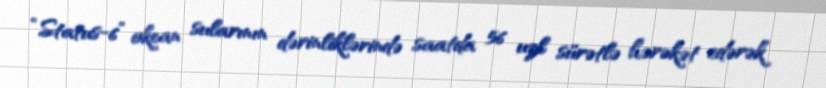
“Status-6” okean sularının dərinliklərində saatda 56 uzl sürətlə hərəkət edərək